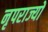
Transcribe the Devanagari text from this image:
नृपराज्यों